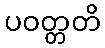
ပဝတ္တတိ